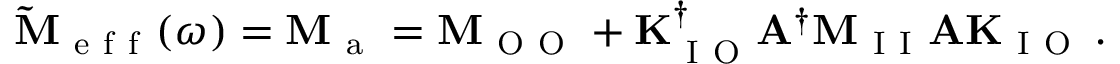
\mathbf { \widetilde { M } } _ { \mathrm { ~ e ~ f ~ f ~ } } ( \omega ) = \mathbf { M } _ { \mathrm { ~ a ~ } } = \mathbf { M } _ { \mathrm { ~ O ~ O ~ } } + \mathbf { K } _ { \mathrm { ~ I ~ O ~ } } ^ { \dagger } \mathbf { A } ^ { \dagger } \mathbf { M } _ { \mathrm { ~ I ~ I ~ } } \mathbf { A } \mathbf { K } _ { \mathrm { ~ I ~ O ~ } } \, .